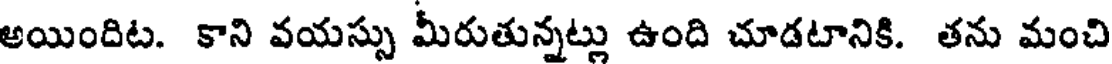
అయిందిట. కాని వయస్సు మీరుతున్నట్లు ఉంది చూడటానికి. తను మంచి